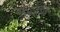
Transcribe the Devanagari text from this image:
सभाकी